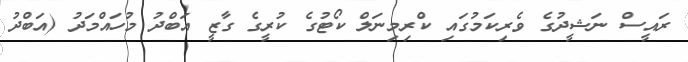
ރައީސް ނަޝީދުގެ ވެރިކަމުގައި ކްރިމިނަލް ކޯޓުގެ ކުރީގެ ގާޒީ އަބްދު މުހައްމަދު (އަބްދު